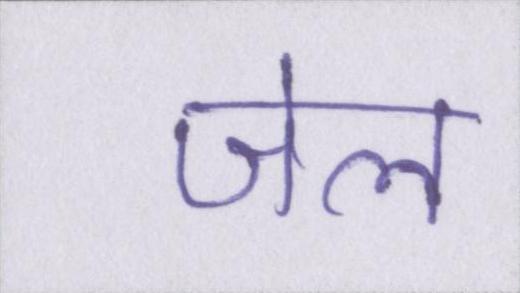
जेल